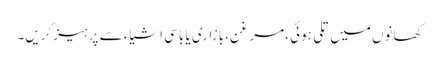
کھانوں میں تلی ہوئی ،مرغن، بازاری یا باسی اشیاء سے پرہیز کریں۔